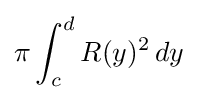
\pi \int _{c}^{d}R(y)^{2}\,dy